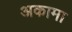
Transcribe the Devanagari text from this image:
अकामा